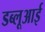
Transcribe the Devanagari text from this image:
डब्लूआई